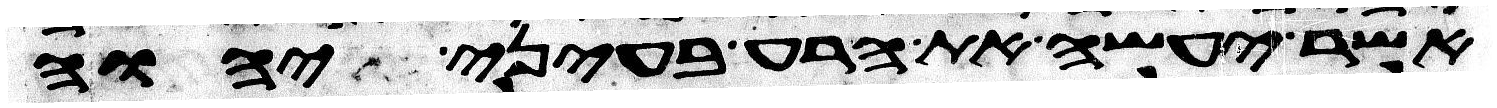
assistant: אשר יעשה את הרע בעיני יהוה